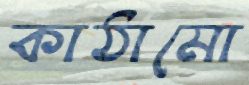
কাঠামো